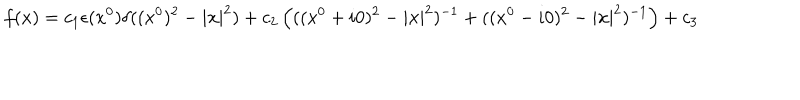
LaTeX: f ( x ) = c _ { 1 } \epsilon ( x ^ { 0 } ) \delta ( ( x ^ { 0 } ) ^ { 2 } - | { \bf x } | ^ { 2 } ) + c _ { 2 } \left( ( ( x ^ { 0 } + i 0 ) ^ { 2 } - | { \bf x } | ^ { 2 } ) ^ { - 1 } + ( ( x ^ { 0 } - i 0 ) ^ { 2 } - | { \bf x } | ^ { 2 } ) ^ { - 1 } \right) + c _ { 3 }